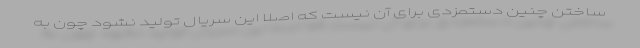
ساختن چنین دستمزدی برای آن نیست که اصلا این سریال تولید نشود چون به